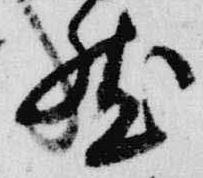
然